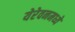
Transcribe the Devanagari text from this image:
येरेवनमध्ये